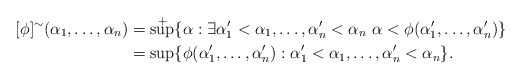
\begin{align*}[\phi]^\sim(\alpha_1,\dots,\alpha_n)&=\sup^+\{\alpha:\exists \alpha_1'<\alpha_1,\dots,\alpha_n'<\alpha_n\ \alpha<\phi(\alpha_1',\dots,\alpha_n')\}\\&=\sup\{\phi(\alpha_1',\dots,\alpha_n'):\alpha_1'<\alpha_1,\dots,\alpha_n'<\alpha_n\}.\end{align*}